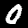
Digit: 0